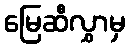
မြေဆီလွှာမှ